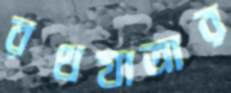
রথযাত্রার